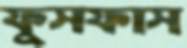
ফুসফাস